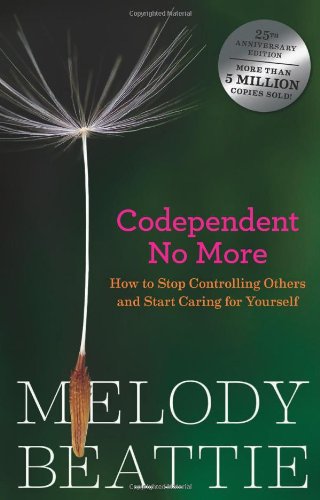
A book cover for Codependent No More: How to Stop Controlling Others and Start Caring for Yourself; Melody Beattie; Parenting & Relationships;